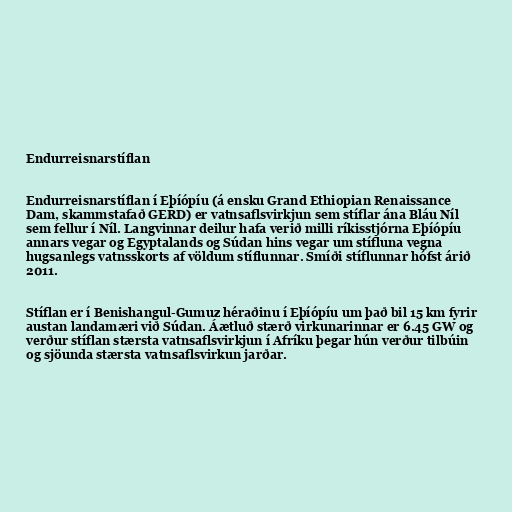
Endurreisnarstíflan

Endurreisnarstíflan í Eþíópíu (á ensku Grand Ethiopian Renaissance
Dam, skammstafað GERD) er vatnsaflsvirkjun sem stíflar ána Bláu Níl
sem fellur í Níl. Langvinnar deilur hafa verið milli ríkisstjórna Eþíópíu
annars vegar og Egyptalands og Súdan hins vegar um stífluna vegna
hugsanlegs vatnsskorts af völdum stíflunnar. Smíði stíflunnar hófst árið
2011.

Stíflan er í Benishangul-Gumuz héraðinu í Eþíópíu um það bil 15 km fyrir
austan landamæri við Súdan. Áætluð stærð virkunarinnar er 6.45 GW og
verður stíflan stærsta vatnsaflsvirkjun í Afríku þegar hún verður tilbúin
og sjöunda stærsta vatnsaflsvirkun jarðar.